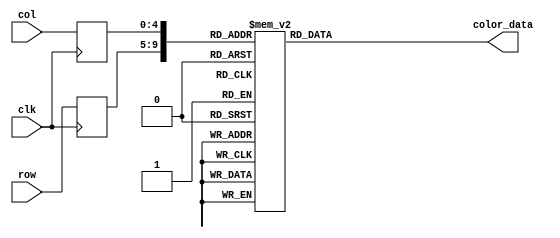
module flappy_rom
	(
		input wire clk,
		input wire [4:0] row,
		input wire [4:0] col,
		output reg [11:0] color_data
	);

	(* rom_style = "block" *)

	//signal declaration
	reg [4:0] row_reg;
	reg [4:0] col_reg;

	always @(posedge clk)
		begin
		row_reg <= row;
		col_reg <= col;
		end

	always @*
	case ({row_reg, col_reg})
		10'b0000000000: color_data = 12'b111111111111;
		10'b0000000001: color_data = 12'b111111111111;
		10'b0000000010: color_data = 12'b111111111111;
		10'b0000000011: color_data = 12'b111111111110;
		10'b0000000100: color_data = 12'b111111111110;
		10'b0000000101: color_data = 12'b111111111111;
		10'b0000000110: color_data = 12'b111111111111;
		10'b0000000111: color_data = 12'b111111111111;
		10'b0000001000: color_data = 12'b111111111111;
		10'b0000001001: color_data = 12'b111111111111;
		10'b0000001010: color_data = 12'b111111111111;
		10'b0000001011: color_data = 12'b111111111111;
		10'b0000001100: color_data = 12'b111111111111;
		10'b0000001101: color_data = 12'b111111111110;
		10'b0000001110: color_data = 12'b111111111111;
		10'b0000001111: color_data = 12'b111111111111;
		10'b0000010000: color_data = 12'b111111111111;
		10'b0000010001: color_data = 12'b111111111111;
		10'b0000010010: color_data = 12'b111111111111;
		10'b0000010011: color_data = 12'b111111111111;
		10'b0000010100: color_data = 12'b111111111111;
		10'b0000010101: color_data = 12'b111111111111;
		10'b0000010110: color_data = 12'b111111111111;
		10'b0000010111: color_data = 12'b111111111111;
		10'b0000011000: color_data = 12'b111111111111;
		10'b0000011001: color_data = 12'b111111111111;
		10'b0000011010: color_data = 12'b111111111111;
		10'b0000011011: color_data = 12'b111111111111;
		10'b0000011100: color_data = 12'b111111111111;
		10'b0000011101: color_data = 12'b111111111111;

		10'b0000100000: color_data = 12'b111111111111;
		10'b0000100001: color_data = 12'b111111111111;
		10'b0000100010: color_data = 12'b111111111111;
		10'b0000100011: color_data = 12'b111111111111;
		10'b0000100100: color_data = 12'b111111111111;
		10'b0000100101: color_data = 12'b111111111111;
		10'b0000100110: color_data = 12'b111111111111;
		10'b0000100111: color_data = 12'b111111111111;
		10'b0000101000: color_data = 12'b111111111111;
		10'b0000101001: color_data = 12'b111111111111;
		10'b0000101010: color_data = 12'b111111111111;
		10'b0000101011: color_data = 12'b111111111111;
		10'b0000101100: color_data = 12'b111111111111;
		10'b0000101101: color_data = 12'b111111111111;
		10'b0000101110: color_data = 12'b111111111111;
		10'b0000101111: color_data = 12'b111111111111;
		10'b0000110000: color_data = 12'b111111111111;
		10'b0000110001: color_data = 12'b111111111111;
		10'b0000110010: color_data = 12'b111111111111;
		10'b0000110011: color_data = 12'b111111111111;
		10'b0000110100: color_data = 12'b111111111111;
		10'b0000110101: color_data = 12'b111111111111;
		10'b0000110110: color_data = 12'b111111111111;
		10'b0000110111: color_data = 12'b111111111111;
		10'b0000111000: color_data = 12'b111111111111;
		10'b0000111001: color_data = 12'b111111111111;
		10'b0000111010: color_data = 12'b111111111111;
		10'b0000111011: color_data = 12'b111111111111;
		10'b0000111100: color_data = 12'b111111111111;
		10'b0000111101: color_data = 12'b111111111111;

		10'b0001000000: color_data = 12'b111111111111;
		10'b0001000001: color_data = 12'b111111111111;
		10'b0001000010: color_data = 12'b111111111111;
		10'b0001000011: color_data = 12'b111111111111;
		10'b0001000100: color_data = 12'b111111111111;
		10'b0001000101: color_data = 12'b111111111111;
		10'b0001000110: color_data = 12'b111111111111;
		10'b0001000111: color_data = 12'b111111111111;
		10'b0001001000: color_data = 12'b111111111111;
		10'b0001001001: color_data = 12'b111111111111;
		10'b0001001010: color_data = 12'b111111111111;
		10'b0001001011: color_data = 12'b111111111111;
		10'b0001001100: color_data = 12'b111111111111;
		10'b0001001101: color_data = 12'b111111111111;
		10'b0001001110: color_data = 12'b111111111111;
		10'b0001001111: color_data = 12'b111111111111;
		10'b0001010000: color_data = 12'b111111111111;
		10'b0001010001: color_data = 12'b111111111111;
		10'b0001010010: color_data = 12'b111111111111;
		10'b0001010011: color_data = 12'b111111111111;
		10'b0001010100: color_data = 12'b111111111111;
		10'b0001010101: color_data = 12'b111111111111;
		10'b0001010110: color_data = 12'b111111111111;
		10'b0001010111: color_data = 12'b111111111111;
		10'b0001011000: color_data = 12'b111111111111;
		10'b0001011001: color_data = 12'b111111111111;
		10'b0001011010: color_data = 12'b111111111111;
		10'b0001011011: color_data = 12'b111111111111;
		10'b0001011100: color_data = 12'b111111111111;
		10'b0001011101: color_data = 12'b111111111111;

		10'b0001100000: color_data = 12'b111111111111;
		10'b0001100001: color_data = 12'b111111111111;
		10'b0001100010: color_data = 12'b111111111111;
		10'b0001100011: color_data = 12'b111111111111;
		10'b0001100100: color_data = 12'b111111111111;
		10'b0001100101: color_data = 12'b111111111111;
		10'b0001100110: color_data = 12'b111111111111;
		10'b0001100111: color_data = 12'b111111111111;
		10'b0001101000: color_data = 12'b111111111111;
		10'b0001101001: color_data = 12'b111111111111;
		10'b0001101010: color_data = 12'b111111111111;
		10'b0001101011: color_data = 12'b111111111111;
		10'b0001101100: color_data = 12'b111111111111;
		10'b0001101101: color_data = 12'b111111111111;
		10'b0001101110: color_data = 12'b111111111111;
		10'b0001101111: color_data = 12'b111111111111;
		10'b0001110000: color_data = 12'b111111111111;
		10'b0001110001: color_data = 12'b111111111111;
		10'b0001110010: color_data = 12'b111111111111;
		10'b0001110011: color_data = 12'b111111111111;
		10'b0001110100: color_data = 12'b111111111111;
		10'b0001110101: color_data = 12'b111111111111;
		10'b0001110110: color_data = 12'b111111111111;
		10'b0001110111: color_data = 12'b111111111111;
		10'b0001111000: color_data = 12'b111111111111;
		10'b0001111001: color_data = 12'b111111111111;
		10'b0001111010: color_data = 12'b111111111111;
		10'b0001111011: color_data = 12'b111111111111;
		10'b0001111100: color_data = 12'b111111111111;
		10'b0001111101: color_data = 12'b111111111111;

		10'b0010000000: color_data = 12'b111111111111;
		10'b0010000001: color_data = 12'b111111111111;
		10'b0010000010: color_data = 12'b111111111111;
		10'b0010000011: color_data = 12'b111111111111;
		10'b0010000100: color_data = 12'b111111111111;
		10'b0010000101: color_data = 12'b111111111111;
		10'b0010000110: color_data = 12'b111111111111;
		10'b0010000111: color_data = 12'b111111111111;
		10'b0010001000: color_data = 12'b111111111111;
		10'b0010001001: color_data = 12'b111111111111;
		10'b0010001010: color_data = 12'b111111111111;
		10'b0010001011: color_data = 12'b111111111111;
		10'b0010001100: color_data = 12'b111111111111;
		10'b0010001101: color_data = 12'b111111111111;
		10'b0010001110: color_data = 12'b111111111111;
		10'b0010001111: color_data = 12'b111111111111;
		10'b0010010000: color_data = 12'b111111111111;
		10'b0010010001: color_data = 12'b111111111111;
		10'b0010010010: color_data = 12'b111111111111;
		10'b0010010011: color_data = 12'b111111111111;
		10'b0010010100: color_data = 12'b111111111111;
		10'b0010010101: color_data = 12'b111111111111;
		10'b0010010110: color_data = 12'b111111111111;
		10'b0010010111: color_data = 12'b111111111111;
		10'b0010011000: color_data = 12'b111111111111;
		10'b0010011001: color_data = 12'b111111111111;
		10'b0010011010: color_data = 12'b111111111111;
		10'b0010011011: color_data = 12'b111111111111;
		10'b0010011100: color_data = 12'b111111111111;
		10'b0010011101: color_data = 12'b111111111111;

		10'b0010100000: color_data = 12'b111111111111;
		10'b0010100001: color_data = 12'b111111111111;
		10'b0010100010: color_data = 12'b111111111111;
		10'b0010100011: color_data = 12'b111111111111;
		10'b0010100100: color_data = 12'b111111111111;
		10'b0010100101: color_data = 12'b111111111111;
		10'b0010100110: color_data = 12'b111111111111;
		10'b0010100111: color_data = 12'b111111111111;
		10'b0010101000: color_data = 12'b111111111111;
		10'b0010101001: color_data = 12'b111111111111;
		10'b0010101010: color_data = 12'b111111111111;
		10'b0010101011: color_data = 12'b111111111111;
		10'b0010101100: color_data = 12'b111111111111;
		10'b0010101101: color_data = 12'b111111111111;
		10'b0010101110: color_data = 12'b111111111111;
		10'b0010101111: color_data = 12'b111111111111;
		10'b0010110000: color_data = 12'b111111111111;
		10'b0010110001: color_data = 12'b111111111111;
		10'b0010110010: color_data = 12'b111111111111;
		10'b0010110011: color_data = 12'b111111111111;
		10'b0010110100: color_data = 12'b111111111111;
		10'b0010110101: color_data = 12'b111111111111;
		10'b0010110110: color_data = 12'b111111111111;
		10'b0010110111: color_data = 12'b111111111111;
		10'b0010111000: color_data = 12'b111111111111;
		10'b0010111001: color_data = 12'b111111111111;
		10'b0010111010: color_data = 12'b111111111111;
		10'b0010111011: color_data = 12'b111111111111;
		10'b0010111100: color_data = 12'b111111111111;
		10'b0010111101: color_data = 12'b111111111111;

		10'b0011000000: color_data = 12'b111111111111;
		10'b0011000001: color_data = 12'b111111111111;
		10'b0011000010: color_data = 12'b111111111111;
		10'b0011000011: color_data = 12'b111111111111;
		10'b0011000100: color_data = 12'b111111111110;
		10'b0011000101: color_data = 12'b111111111110;
		10'b0011000110: color_data = 12'b111111111111;
		10'b0011000111: color_data = 12'b111111111111;
		10'b0011001000: color_data = 12'b111111111111;
		10'b0011001001: color_data = 12'b111111111111;
		10'b0011001010: color_data = 12'b111111111111;
		10'b0011001011: color_data = 12'b111111111111;
		10'b0011001100: color_data = 12'b111111111111;
		10'b0011001101: color_data = 12'b111111111111;
		10'b0011001110: color_data = 12'b111111111111;
		10'b0011001111: color_data = 12'b111111111110;
		10'b0011010000: color_data = 12'b111111111111;
		10'b0011010001: color_data = 12'b111111111111;
		10'b0011010010: color_data = 12'b111111111111;
		10'b0011010011: color_data = 12'b111111111111;
		10'b0011010100: color_data = 12'b111111111111;
		10'b0011010101: color_data = 12'b111111111111;
		10'b0011010110: color_data = 12'b111111111111;
		10'b0011010111: color_data = 12'b111111111111;
		10'b0011011000: color_data = 12'b111111111111;
		10'b0011011001: color_data = 12'b111111111111;
		10'b0011011010: color_data = 12'b111111111111;
		10'b0011011011: color_data = 12'b111111111111;
		10'b0011011100: color_data = 12'b111111111111;
		10'b0011011101: color_data = 12'b111111111111;

		10'b0011100000: color_data = 12'b111111111111;
		10'b0011100001: color_data = 12'b111111111111;
		10'b0011100010: color_data = 12'b111111111111;
		10'b0011100011: color_data = 12'b111111111111;
		10'b0011100100: color_data = 12'b111111111111;
		10'b0011100101: color_data = 12'b111111111111;
		10'b0011100110: color_data = 12'b111111111110;
		10'b0011100111: color_data = 12'b111111111111;
		10'b0011101000: color_data = 12'b111111111111;
		10'b0011101001: color_data = 12'b111111111111;
		10'b0011101010: color_data = 12'b111111111111;
		10'b0011101011: color_data = 12'b111111111111;
		10'b0011101100: color_data = 12'b111111111111;
		10'b0011101101: color_data = 12'b111111111111;
		10'b0011101110: color_data = 12'b111111111111;
		10'b0011101111: color_data = 12'b111111111101;
		10'b0011110000: color_data = 12'b111111111111;
		10'b0011110001: color_data = 12'b111111111111;
		10'b0011110010: color_data = 12'b111111111111;
		10'b0011110011: color_data = 12'b111111111111;
		10'b0011110100: color_data = 12'b111111111111;
		10'b0011110101: color_data = 12'b111111111111;
		10'b0011110110: color_data = 12'b111111111111;
		10'b0011110111: color_data = 12'b111111111111;
		10'b0011111000: color_data = 12'b111111111111;
		10'b0011111001: color_data = 12'b111111111111;
		10'b0011111010: color_data = 12'b111111111111;
		10'b0011111011: color_data = 12'b111111111111;
		10'b0011111100: color_data = 12'b111111111111;
		10'b0011111101: color_data = 12'b111111111111;

		10'b0100000000: color_data = 12'b111111111111;
		10'b0100000001: color_data = 12'b111111111111;
		10'b0100000010: color_data = 12'b111111111111;
		10'b0100000011: color_data = 12'b111111111111;
		10'b0100000100: color_data = 12'b111111111111;
		10'b0100000101: color_data = 12'b111111111111;
		10'b0100000110: color_data = 12'b111111111110;
		10'b0100000111: color_data = 12'b111111111101;
		10'b0100001000: color_data = 12'b111111111111;
		10'b0100001001: color_data = 12'b111111111111;
		10'b0100001010: color_data = 12'b111111111111;
		10'b0100001011: color_data = 12'b111111111111;
		10'b0100001100: color_data = 12'b011101110111;
		10'b0100001101: color_data = 12'b010101010101;
		10'b0100001110: color_data = 12'b010101010100;
		10'b0100001111: color_data = 12'b011001100011;
		10'b0100010000: color_data = 12'b011001100110;
		10'b0100010001: color_data = 12'b010101010101;
		10'b0100010010: color_data = 12'b011001100110;
		10'b0100010011: color_data = 12'b111111111111;
		10'b0100010100: color_data = 12'b111111111111;
		10'b0100010101: color_data = 12'b111111111111;
		10'b0100010110: color_data = 12'b111111111111;
		10'b0100010111: color_data = 12'b111111111111;
		10'b0100011000: color_data = 12'b111111111111;
		10'b0100011001: color_data = 12'b111111111111;
		10'b0100011010: color_data = 12'b111111111111;
		10'b0100011011: color_data = 12'b111111111111;
		10'b0100011100: color_data = 12'b111111111111;
		10'b0100011101: color_data = 12'b111111111111;

		10'b0100100000: color_data = 12'b111111111111;
		10'b0100100001: color_data = 12'b111111111111;
		10'b0100100010: color_data = 12'b111111111111;
		10'b0100100011: color_data = 12'b111111111111;
		10'b0100100100: color_data = 12'b111111111111;
		10'b0100100101: color_data = 12'b111111111111;
		10'b0100100110: color_data = 12'b111111111110;
		10'b0100100111: color_data = 12'b111111111100;
		10'b0100101000: color_data = 12'b111111111110;
		10'b0100101001: color_data = 12'b111111111111;
		10'b0100101010: color_data = 12'b011001010110;
		10'b0100101011: color_data = 12'b011001100100;
		10'b0100101100: color_data = 12'b101010100110;
		10'b0100101101: color_data = 12'b101110111000;
		10'b0100101110: color_data = 12'b110011001010;
		10'b0100101111: color_data = 12'b011001100101;
		10'b0100110000: color_data = 12'b010001000011;
		10'b0100110001: color_data = 12'b110011001100;
		10'b0100110010: color_data = 12'b101010101010;
		10'b0100110011: color_data = 12'b010101010101;
		10'b0100110100: color_data = 12'b111111111111;
		10'b0100110101: color_data = 12'b111111111111;
		10'b0100110110: color_data = 12'b111111111111;
		10'b0100110111: color_data = 12'b111111111111;
		10'b0100111000: color_data = 12'b111111111111;
		10'b0100111001: color_data = 12'b111111111111;
		10'b0100111010: color_data = 12'b111111111111;
		10'b0100111011: color_data = 12'b111111111111;
		10'b0100111100: color_data = 12'b111111111111;
		10'b0100111101: color_data = 12'b111111111111;

		10'b0101000000: color_data = 12'b111111111110;
		10'b0101000001: color_data = 12'b111111111110;
		10'b0101000010: color_data = 12'b111111111111;
		10'b0101000011: color_data = 12'b111111111111;
		10'b0101000100: color_data = 12'b111111111111;
		10'b0101000101: color_data = 12'b111111111111;
		10'b0101000110: color_data = 12'b111111111111;
		10'b0101000111: color_data = 12'b111111111101;
		10'b0101001000: color_data = 12'b111111111101;
		10'b0101001001: color_data = 12'b100010001000;
		10'b0101001010: color_data = 12'b101010011010;
		10'b0101001011: color_data = 12'b100110010111;
		10'b0101001100: color_data = 12'b111011110111;
		10'b0101001101: color_data = 12'b111111110111;
		10'b0101001110: color_data = 12'b110011001001;
		10'b0101001111: color_data = 12'b100110001011;
		10'b0101010000: color_data = 12'b110011001011;
		10'b0101010001: color_data = 12'b111111111111;
		10'b0101010010: color_data = 12'b111111111111;
		10'b0101010011: color_data = 12'b101010101010;
		10'b0101010100: color_data = 12'b100010000111;
		10'b0101010101: color_data = 12'b111011101110;
		10'b0101010110: color_data = 12'b111111111111;
		10'b0101010111: color_data = 12'b111111111111;
		10'b0101011000: color_data = 12'b111111111111;
		10'b0101011001: color_data = 12'b111111111111;
		10'b0101011010: color_data = 12'b111111111111;
		10'b0101011011: color_data = 12'b111111111111;
		10'b0101011100: color_data = 12'b111111111111;
		10'b0101011101: color_data = 12'b111111111111;

		10'b0101100000: color_data = 12'b111111111110;
		10'b0101100001: color_data = 12'b111111111111;
		10'b0101100010: color_data = 12'b111111111111;
		10'b0101100011: color_data = 12'b111111111111;
		10'b0101100100: color_data = 12'b111111111111;
		10'b0101100101: color_data = 12'b111111111111;
		10'b0101100110: color_data = 12'b110011001101;
		10'b0101100111: color_data = 12'b100110101001;
		10'b0101101000: color_data = 12'b011001100100;
		10'b0101101001: color_data = 12'b001100110010;
		10'b0101101010: color_data = 12'b101110111011;
		10'b0101101011: color_data = 12'b111111111011;
		10'b0101101100: color_data = 12'b111011110100;
		10'b0101101101: color_data = 12'b111111110011;
		10'b0101101110: color_data = 12'b011001100010;
		10'b0101101111: color_data = 12'b100001011011;
		10'b0101110000: color_data = 12'b111111111111;
		10'b0101110001: color_data = 12'b111111111111;
		10'b0101110010: color_data = 12'b111111111110;
		10'b0101110011: color_data = 12'b101110111011;
		10'b0101110100: color_data = 12'b011101110111;
		10'b0101110101: color_data = 12'b100010011000;
		10'b0101110110: color_data = 12'b111011101110;
		10'b0101110111: color_data = 12'b111111111111;
		10'b0101111000: color_data = 12'b111111111111;
		10'b0101111001: color_data = 12'b111111111111;
		10'b0101111010: color_data = 12'b111111111111;
		10'b0101111011: color_data = 12'b111111111111;
		10'b0101111100: color_data = 12'b111111111111;
		10'b0101111101: color_data = 12'b111111111111;

		10'b0110000000: color_data = 12'b111111111110;
		10'b0110000001: color_data = 12'b111111111111;
		10'b0110000010: color_data = 12'b111111111111;
		10'b0110000011: color_data = 12'b111111111111;
		10'b0110000100: color_data = 12'b111111111111;
		10'b0110000101: color_data = 12'b111011101110;
		10'b0110000110: color_data = 12'b100010001010;
		10'b0110000111: color_data = 12'b010101010101;
		10'b0110001000: color_data = 12'b011001110100;
		10'b0110001001: color_data = 12'b011101110101;
		10'b0110001010: color_data = 12'b011001100101;
		10'b0110001011: color_data = 12'b101010010101;
		10'b0110001100: color_data = 12'b111011110011;
		10'b0110001101: color_data = 12'b111011110001;
		10'b0110001110: color_data = 12'b011101100001;
		10'b0110001111: color_data = 12'b100101111010;
		10'b0110010000: color_data = 12'b111111111111;
		10'b0110010001: color_data = 12'b111111111111;
		10'b0110010010: color_data = 12'b110111011101;
		10'b0110010011: color_data = 12'b001000100001;
		10'b0110010100: color_data = 12'b111111111111;
		10'b0110010101: color_data = 12'b011001100110;
		10'b0110010110: color_data = 12'b101110111010;
		10'b0110010111: color_data = 12'b111111111111;
		10'b0110011000: color_data = 12'b111111111111;
		10'b0110011001: color_data = 12'b111111111111;
		10'b0110011010: color_data = 12'b111111111111;
		10'b0110011011: color_data = 12'b111111111111;
		10'b0110011100: color_data = 12'b111111111111;
		10'b0110011101: color_data = 12'b111111111111;

		10'b0110100000: color_data = 12'b111111111111;
		10'b0110100001: color_data = 12'b111111111111;
		10'b0110100010: color_data = 12'b111111111111;
		10'b0110100011: color_data = 12'b111111111111;
		10'b0110100100: color_data = 12'b111111111111;
		10'b0110100101: color_data = 12'b100010001000;
		10'b0110100110: color_data = 12'b100110011000;
		10'b0110100111: color_data = 12'b111111111110;
		10'b0110101000: color_data = 12'b111111111101;
		10'b0110101001: color_data = 12'b111111111110;
		10'b0110101010: color_data = 12'b111111111110;
		10'b0110101011: color_data = 12'b011001100001;
		10'b0110101100: color_data = 12'b101010110001;
		10'b0110101101: color_data = 12'b111111110100;
		10'b0110101110: color_data = 12'b100110000001;
		10'b0110101111: color_data = 12'b100101110101;
		10'b0110110000: color_data = 12'b111011101101;
		10'b0110110001: color_data = 12'b111111111111;
		10'b0110110010: color_data = 12'b111111111110;
		10'b0110110011: color_data = 12'b011101110110;
		10'b0110110100: color_data = 12'b111011101110;
		10'b0110110101: color_data = 12'b010101010101;
		10'b0110110110: color_data = 12'b110011001100;
		10'b0110110111: color_data = 12'b111111111111;
		10'b0110111000: color_data = 12'b111111111111;
		10'b0110111001: color_data = 12'b111111111111;
		10'b0110111010: color_data = 12'b111111111111;
		10'b0110111011: color_data = 12'b111111111111;
		10'b0110111100: color_data = 12'b111111111111;
		10'b0110111101: color_data = 12'b111111111111;

		10'b0111000000: color_data = 12'b111111111111;
		10'b0111000001: color_data = 12'b111111111110;
		10'b0111000010: color_data = 12'b111111111111;
		10'b0111000011: color_data = 12'b111111111111;
		10'b0111000100: color_data = 12'b111111111111;
		10'b0111000101: color_data = 12'b100010001000;
		10'b0111000110: color_data = 12'b100110010110;
		10'b0111000111: color_data = 12'b111111111100;
		10'b0111001000: color_data = 12'b111111111101;
		10'b0111001001: color_data = 12'b111111111110;
		10'b0111001010: color_data = 12'b111111111101;
		10'b0111001011: color_data = 12'b111111111011;
		10'b0111001100: color_data = 12'b010101010000;
		10'b0111001101: color_data = 12'b101010100010;
		10'b0111001110: color_data = 12'b111111110111;
		10'b0111001111: color_data = 12'b100110010000;
		10'b0111010000: color_data = 12'b011001100110;
		10'b0111010001: color_data = 12'b111011101110;
		10'b0111010010: color_data = 12'b111011101101;
		10'b0111010011: color_data = 12'b111011101110;
		10'b0111010100: color_data = 12'b111111111111;
		10'b0111010101: color_data = 12'b010101100101;
		10'b0111010110: color_data = 12'b101010101010;
		10'b0111010111: color_data = 12'b111111111111;
		10'b0111011000: color_data = 12'b111111111111;
		10'b0111011001: color_data = 12'b111111111111;
		10'b0111011010: color_data = 12'b111111111111;
		10'b0111011011: color_data = 12'b111111111111;
		10'b0111011100: color_data = 12'b111111111111;
		10'b0111011101: color_data = 12'b111111111111;

		10'b0111100000: color_data = 12'b111111111111;
		10'b0111100001: color_data = 12'b111111111110;
		10'b0111100010: color_data = 12'b111111111110;
		10'b0111100011: color_data = 12'b111111111111;
		10'b0111100100: color_data = 12'b111111111111;
		10'b0111100101: color_data = 12'b011101110111;
		10'b0111100110: color_data = 12'b011110000011;
		10'b0111100111: color_data = 12'b111111111010;
		10'b0111101000: color_data = 12'b111111111101;
		10'b0111101001: color_data = 12'b111111111111;
		10'b0111101010: color_data = 12'b111111111100;
		10'b0111101011: color_data = 12'b111111101010;
		10'b0111101100: color_data = 12'b010101000001;
		10'b0111101101: color_data = 12'b110010110110;
		10'b0111101110: color_data = 12'b111111100101;
		10'b0111101111: color_data = 12'b111111110000;
		10'b0111110000: color_data = 12'b100110011001;
		10'b0111110001: color_data = 12'b001100110011;
		10'b0111110010: color_data = 12'b010001000011;
		10'b0111110011: color_data = 12'b010001000011;
		10'b0111110100: color_data = 12'b001101000011;
		10'b0111110101: color_data = 12'b001100110011;
		10'b0111110110: color_data = 12'b010001000100;
		10'b0111110111: color_data = 12'b101110111011;
		10'b0111111000: color_data = 12'b111111111111;
		10'b0111111001: color_data = 12'b111111111111;
		10'b0111111010: color_data = 12'b111111111111;
		10'b0111111011: color_data = 12'b111111111111;
		10'b0111111100: color_data = 12'b111111111111;
		10'b0111111101: color_data = 12'b111111111111;

		10'b1000000000: color_data = 12'b111111111111;
		10'b1000000001: color_data = 12'b111111111111;
		10'b1000000010: color_data = 12'b111111111111;
		10'b1000000011: color_data = 12'b111111111111;
		10'b1000000100: color_data = 12'b111111111111;
		10'b1000000101: color_data = 12'b111111111111;
		10'b1000000110: color_data = 12'b100001110111;
		10'b1000000111: color_data = 12'b011101110101;
		10'b1000001000: color_data = 12'b111011101010;
		10'b1000001001: color_data = 12'b111111111001;
		10'b1000001010: color_data = 12'b111111100110;
		10'b1000001011: color_data = 12'b011001010000;
		10'b1000001100: color_data = 12'b110010110001;
		10'b1000001101: color_data = 12'b111111100101;
		10'b1000001110: color_data = 12'b111111110110;
		10'b1000001111: color_data = 12'b101110010001;
		10'b1000010000: color_data = 12'b100100110010;
		10'b1000010001: color_data = 12'b101101010100;
		10'b1000010010: color_data = 12'b101101010100;
		10'b1000010011: color_data = 12'b101101010100;
		10'b1000010100: color_data = 12'b101101010101;
		10'b1000010101: color_data = 12'b101001010101;
		10'b1000010110: color_data = 12'b101101100110;
		10'b1000010111: color_data = 12'b100001010100;
		10'b1000011000: color_data = 12'b101110011001;
		10'b1000011001: color_data = 12'b111111111110;
		10'b1000011010: color_data = 12'b111111111111;
		10'b1000011011: color_data = 12'b111111111111;
		10'b1000011100: color_data = 12'b111111111111;
		10'b1000011101: color_data = 12'b111111111111;

		10'b1000100000: color_data = 12'b111111111111;
		10'b1000100001: color_data = 12'b111111111111;
		10'b1000100010: color_data = 12'b111111111111;
		10'b1000100011: color_data = 12'b111111111111;
		10'b1000100100: color_data = 12'b111111111111;
		10'b1000100101: color_data = 12'b111111111111;
		10'b1000100110: color_data = 12'b111011101101;
		10'b1000100111: color_data = 12'b100110000110;
		10'b1000101000: color_data = 12'b011001100001;
		10'b1000101001: color_data = 12'b011001010000;
		10'b1000101010: color_data = 12'b011001010000;
		10'b1000101011: color_data = 12'b101110010000;
		10'b1000101100: color_data = 12'b111010110010;
		10'b1000101101: color_data = 12'b111111000011;
		10'b1000101110: color_data = 12'b101001110000;
		10'b1000101111: color_data = 12'b100101100000;
		10'b1000110000: color_data = 12'b100101000010;
		10'b1000110001: color_data = 12'b100000100001;
		10'b1000110010: color_data = 12'b100000100001;
		10'b1000110011: color_data = 12'b100000100001;
		10'b1000110100: color_data = 12'b100000100010;
		10'b1000110101: color_data = 12'b100000110011;
		10'b1000110110: color_data = 12'b011100110011;
		10'b1000110111: color_data = 12'b101110001000;
		10'b1000111000: color_data = 12'b111111011101;
		10'b1000111001: color_data = 12'b111111111111;
		10'b1000111010: color_data = 12'b111111111111;
		10'b1000111011: color_data = 12'b111111111111;
		10'b1000111100: color_data = 12'b111111111111;
		10'b1000111101: color_data = 12'b111111111111;

		10'b1001000000: color_data = 12'b111111111111;
		10'b1001000001: color_data = 12'b111111111111;
		10'b1001000010: color_data = 12'b111111111111;
		10'b1001000011: color_data = 12'b111111111111;
		10'b1001000100: color_data = 12'b111111111111;
		10'b1001000101: color_data = 12'b111111111111;
		10'b1001000110: color_data = 12'b111111111111;
		10'b1001000111: color_data = 12'b101010010111;
		10'b1001001000: color_data = 12'b001100010000;
		10'b1001001001: color_data = 12'b101110010011;
		10'b1001001010: color_data = 12'b101110000001;
		10'b1001001011: color_data = 12'b110110100010;
		10'b1001001100: color_data = 12'b111010110010;
		10'b1001001101: color_data = 12'b111010110010;
		10'b1001001110: color_data = 12'b110010000000;
		10'b1001001111: color_data = 12'b100101010000;
		10'b1001010000: color_data = 12'b100100110010;
		10'b1001010001: color_data = 12'b101001010100;
		10'b1001010010: color_data = 12'b101001000100;
		10'b1001010011: color_data = 12'b101001000100;
		10'b1001010100: color_data = 12'b101001000100;
		10'b1001010101: color_data = 12'b101001010110;
		10'b1001010110: color_data = 12'b010000010001;
		10'b1001010111: color_data = 12'b110010101010;
		10'b1001011000: color_data = 12'b111111111111;
		10'b1001011001: color_data = 12'b111111111111;
		10'b1001011010: color_data = 12'b111011111111;
		10'b1001011011: color_data = 12'b111011111111;
		10'b1001011100: color_data = 12'b111111111111;
		10'b1001011101: color_data = 12'b111011111111;

		10'b1001100000: color_data = 12'b111111111111;
		10'b1001100001: color_data = 12'b111111111111;
		10'b1001100010: color_data = 12'b111111111111;
		10'b1001100011: color_data = 12'b111111111111;
		10'b1001100100: color_data = 12'b111111111111;
		10'b1001100101: color_data = 12'b111111111111;
		10'b1001100110: color_data = 12'b111111111111;
		10'b1001100111: color_data = 12'b111011011100;
		10'b1001101000: color_data = 12'b100110000101;
		10'b1001101001: color_data = 12'b100001100010;
		10'b1001101010: color_data = 12'b100101100001;
		10'b1001101011: color_data = 12'b111111000101;
		10'b1001101100: color_data = 12'b111010110100;
		10'b1001101101: color_data = 12'b111110110100;
		10'b1001101110: color_data = 12'b111111000101;
		10'b1001101111: color_data = 12'b110110010010;
		10'b1001110000: color_data = 12'b100101010100;
		10'b1001110001: color_data = 12'b011101000011;
		10'b1001110010: color_data = 12'b011101000011;
		10'b1001110011: color_data = 12'b011101000011;
		10'b1001110100: color_data = 12'b011101000100;
		10'b1001110101: color_data = 12'b011000110011;
		10'b1001110110: color_data = 12'b100101100110;
		10'b1001110111: color_data = 12'b111111011101;
		10'b1001111000: color_data = 12'b111111111111;
		10'b1001111001: color_data = 12'b111111111111;
		10'b1001111010: color_data = 12'b111111111111;
		10'b1001111011: color_data = 12'b111111111111;
		10'b1001111100: color_data = 12'b111111111111;
		10'b1001111101: color_data = 12'b111111111111;

		10'b1010000000: color_data = 12'b111111111111;
		10'b1010000001: color_data = 12'b111111111111;
		10'b1010000010: color_data = 12'b111111111111;
		10'b1010000011: color_data = 12'b111111111111;
		10'b1010000100: color_data = 12'b111111111111;
		10'b1010000101: color_data = 12'b111111111111;
		10'b1010000110: color_data = 12'b111111111110;
		10'b1010000111: color_data = 12'b111111111110;
		10'b1010001000: color_data = 12'b111111101100;
		10'b1010001001: color_data = 12'b011101010011;
		10'b1010001010: color_data = 12'b100001110100;
		10'b1010001011: color_data = 12'b100001110011;
		10'b1010001100: color_data = 12'b100101110011;
		10'b1010001101: color_data = 12'b100101110011;
		10'b1010001110: color_data = 12'b100101110010;
		10'b1010001111: color_data = 12'b101010000011;
		10'b1010010000: color_data = 12'b100001110110;
		10'b1010010001: color_data = 12'b100101110110;
		10'b1010010010: color_data = 12'b100110000111;
		10'b1010010011: color_data = 12'b100101110111;
		10'b1010010100: color_data = 12'b100101110111;
		10'b1010010101: color_data = 12'b100001110111;
		10'b1010010110: color_data = 12'b111011011101;
		10'b1010010111: color_data = 12'b111111111111;
		10'b1010011000: color_data = 12'b111111111111;
		10'b1010011001: color_data = 12'b111111111111;
		10'b1010011010: color_data = 12'b111111111111;
		10'b1010011011: color_data = 12'b111111111111;
		10'b1010011100: color_data = 12'b111111111111;
		10'b1010011101: color_data = 12'b111111111111;

		10'b1010100000: color_data = 12'b111111111111;
		10'b1010100001: color_data = 12'b111111111111;
		10'b1010100010: color_data = 12'b111111111111;
		10'b1010100011: color_data = 12'b111111111111;
		10'b1010100100: color_data = 12'b111111111111;
		10'b1010100101: color_data = 12'b111111111111;
		10'b1010100110: color_data = 12'b111111111111;
		10'b1010100111: color_data = 12'b111111111111;
		10'b1010101000: color_data = 12'b111111111111;
		10'b1010101001: color_data = 12'b111111111111;
		10'b1010101010: color_data = 12'b111111111111;
		10'b1010101011: color_data = 12'b011001100101;
		10'b1010101100: color_data = 12'b011001100100;
		10'b1010101101: color_data = 12'b011001100100;
		10'b1010101110: color_data = 12'b010101010011;
		10'b1010101111: color_data = 12'b010101010011;
		10'b1010110000: color_data = 12'b101010101001;
		10'b1010110001: color_data = 12'b111111111111;
		10'b1010110010: color_data = 12'b111111111111;
		10'b1010110011: color_data = 12'b111111111111;
		10'b1010110100: color_data = 12'b111111111111;
		10'b1010110101: color_data = 12'b111111111111;
		10'b1010110110: color_data = 12'b111111111111;
		10'b1010110111: color_data = 12'b111111111111;
		10'b1010111000: color_data = 12'b111111111111;
		10'b1010111001: color_data = 12'b111111111111;
		10'b1010111010: color_data = 12'b111111111111;
		10'b1010111011: color_data = 12'b111111111111;
		10'b1010111100: color_data = 12'b111111111111;
		10'b1010111101: color_data = 12'b111111111111;

		10'b1011000000: color_data = 12'b111111111111;
		10'b1011000001: color_data = 12'b111111111111;
		10'b1011000010: color_data = 12'b111111111111;
		10'b1011000011: color_data = 12'b111111111111;
		10'b1011000100: color_data = 12'b111111111111;
		10'b1011000101: color_data = 12'b111111111111;
		10'b1011000110: color_data = 12'b111111111111;
		10'b1011000111: color_data = 12'b111111111111;
		10'b1011001000: color_data = 12'b111111111111;
		10'b1011001001: color_data = 12'b111111111111;
		10'b1011001010: color_data = 12'b111111111111;
		10'b1011001011: color_data = 12'b111111111111;
		10'b1011001100: color_data = 12'b111111111111;
		10'b1011001101: color_data = 12'b111111111111;
		10'b1011001110: color_data = 12'b111111111111;
		10'b1011001111: color_data = 12'b111111111111;
		10'b1011010000: color_data = 12'b111111111111;
		10'b1011010001: color_data = 12'b111011111110;
		10'b1011010010: color_data = 12'b111111111111;
		10'b1011010011: color_data = 12'b111111111111;
		10'b1011010100: color_data = 12'b111111111111;
		10'b1011010101: color_data = 12'b111111111111;
		10'b1011010110: color_data = 12'b111111111111;
		10'b1011010111: color_data = 12'b111111111111;
		10'b1011011000: color_data = 12'b111111111111;
		10'b1011011001: color_data = 12'b111111111111;
		10'b1011011010: color_data = 12'b111111111111;
		10'b1011011011: color_data = 12'b111111111111;
		10'b1011011100: color_data = 12'b111111111111;
		10'b1011011101: color_data = 12'b111111111111;

		10'b1011100000: color_data = 12'b111111111111;
		10'b1011100001: color_data = 12'b111111111111;
		10'b1011100010: color_data = 12'b111111111111;
		10'b1011100011: color_data = 12'b111111111111;
		10'b1011100100: color_data = 12'b111111111111;
		10'b1011100101: color_data = 12'b111111111111;
		10'b1011100110: color_data = 12'b111011111111;
		10'b1011100111: color_data = 12'b111111111111;
		10'b1011101000: color_data = 12'b111111111111;
		10'b1011101001: color_data = 12'b111111111111;
		10'b1011101010: color_data = 12'b111111111111;
		10'b1011101011: color_data = 12'b111111111111;
		10'b1011101100: color_data = 12'b111111111111;
		10'b1011101101: color_data = 12'b111111111111;
		10'b1011101110: color_data = 12'b111111111111;
		10'b1011101111: color_data = 12'b111111111111;
		10'b1011110000: color_data = 12'b111111111111;
		10'b1011110001: color_data = 12'b111111111111;
		10'b1011110010: color_data = 12'b111111111111;
		10'b1011110011: color_data = 12'b111111111111;
		10'b1011110100: color_data = 12'b111111111111;
		10'b1011110101: color_data = 12'b111111111111;
		10'b1011110110: color_data = 12'b111111111111;
		10'b1011110111: color_data = 12'b111111111111;
		10'b1011111000: color_data = 12'b111111111111;
		10'b1011111001: color_data = 12'b111111111111;
		10'b1011111010: color_data = 12'b111111111111;
		10'b1011111011: color_data = 12'b111111111111;
		10'b1011111100: color_data = 12'b111111111111;
		10'b1011111101: color_data = 12'b111111111111;

		10'b1100000000: color_data = 12'b111111111111;
		10'b1100000001: color_data = 12'b111111111111;
		10'b1100000010: color_data = 12'b111111111111;
		10'b1100000011: color_data = 12'b111111111111;
		10'b1100000100: color_data = 12'b111111111111;
		10'b1100000101: color_data = 12'b111111111111;
		10'b1100000110: color_data = 12'b111111111111;
		10'b1100000111: color_data = 12'b111111111111;
		10'b1100001000: color_data = 12'b111111111111;
		10'b1100001001: color_data = 12'b111111111111;
		10'b1100001010: color_data = 12'b111111111111;
		10'b1100001011: color_data = 12'b111111111111;
		10'b1100001100: color_data = 12'b111111111111;
		10'b1100001101: color_data = 12'b111111111111;
		10'b1100001110: color_data = 12'b111111111110;
		10'b1100001111: color_data = 12'b111111111110;
		10'b1100010000: color_data = 12'b111111111111;
		10'b1100010001: color_data = 12'b111111111111;
		10'b1100010010: color_data = 12'b111111111111;
		10'b1100010011: color_data = 12'b111111111111;
		10'b1100010100: color_data = 12'b111111111111;
		10'b1100010101: color_data = 12'b111111111111;
		10'b1100010110: color_data = 12'b111111111111;
		10'b1100010111: color_data = 12'b111111111111;
		10'b1100011000: color_data = 12'b111111111111;
		10'b1100011001: color_data = 12'b111111111111;
		10'b1100011010: color_data = 12'b111111111111;
		10'b1100011011: color_data = 12'b111111111111;
		10'b1100011100: color_data = 12'b111111111111;
		10'b1100011101: color_data = 12'b111111111111;

		10'b1100100000: color_data = 12'b111111111111;
		10'b1100100001: color_data = 12'b111111111111;
		10'b1100100010: color_data = 12'b111111111111;
		10'b1100100011: color_data = 12'b111111111111;
		10'b1100100100: color_data = 12'b111111111111;
		10'b1100100101: color_data = 12'b111111111111;
		10'b1100100110: color_data = 12'b111111111111;
		10'b1100100111: color_data = 12'b111111111111;
		10'b1100101000: color_data = 12'b111111111111;
		10'b1100101001: color_data = 12'b111111111111;
		10'b1100101010: color_data = 12'b111111111111;
		10'b1100101011: color_data = 12'b111111111111;
		10'b1100101100: color_data = 12'b111111111111;
		10'b1100101101: color_data = 12'b111111111110;
		10'b1100101110: color_data = 12'b111111111110;
		10'b1100101111: color_data = 12'b111111111110;
		10'b1100110000: color_data = 12'b111111111111;
		10'b1100110001: color_data = 12'b111111111111;
		10'b1100110010: color_data = 12'b111111111111;
		10'b1100110011: color_data = 12'b111111111111;
		10'b1100110100: color_data = 12'b111111111111;
		10'b1100110101: color_data = 12'b111111111111;
		10'b1100110110: color_data = 12'b111111111111;
		10'b1100110111: color_data = 12'b111111111111;
		10'b1100111000: color_data = 12'b111111111111;
		10'b1100111001: color_data = 12'b111111111111;
		10'b1100111010: color_data = 12'b111111111111;
		10'b1100111011: color_data = 12'b111111111111;
		10'b1100111100: color_data = 12'b111111111111;
		10'b1100111101: color_data = 12'b111111111111;

		10'b1101000000: color_data = 12'b111111111111;
		10'b1101000001: color_data = 12'b111111111111;
		10'b1101000010: color_data = 12'b111111111111;
		10'b1101000011: color_data = 12'b111111111111;
		10'b1101000100: color_data = 12'b111111111111;
		10'b1101000101: color_data = 12'b111111111111;
		10'b1101000110: color_data = 12'b111111111111;
		10'b1101000111: color_data = 12'b111111111111;
		10'b1101001000: color_data = 12'b111111111111;
		10'b1101001001: color_data = 12'b111111111111;
		10'b1101001010: color_data = 12'b111111111111;
		10'b1101001011: color_data = 12'b111111111111;
		10'b1101001100: color_data = 12'b111111111111;
		10'b1101001101: color_data = 12'b111111111111;
		10'b1101001110: color_data = 12'b111111111110;
		10'b1101001111: color_data = 12'b111111111110;
		10'b1101010000: color_data = 12'b111111111111;
		10'b1101010001: color_data = 12'b111111111111;
		10'b1101010010: color_data = 12'b111111111111;
		10'b1101010011: color_data = 12'b111111111111;
		10'b1101010100: color_data = 12'b111111111111;
		10'b1101010101: color_data = 12'b111111111111;
		10'b1101010110: color_data = 12'b111111111111;
		10'b1101010111: color_data = 12'b111111111111;
		10'b1101011000: color_data = 12'b111111111111;
		10'b1101011001: color_data = 12'b111111111111;
		10'b1101011010: color_data = 12'b111111111111;
		10'b1101011011: color_data = 12'b111111111111;
		10'b1101011100: color_data = 12'b111111111111;
		10'b1101011101: color_data = 12'b111111111111;

		10'b1101100000: color_data = 12'b111111111111;
		10'b1101100001: color_data = 12'b111111111111;
		10'b1101100010: color_data = 12'b111111111111;
		10'b1101100011: color_data = 12'b111111111111;
		10'b1101100100: color_data = 12'b111111111111;
		10'b1101100101: color_data = 12'b111111111111;
		10'b1101100110: color_data = 12'b111111111111;
		10'b1101100111: color_data = 12'b111111111111;
		10'b1101101000: color_data = 12'b111111111111;
		10'b1101101001: color_data = 12'b111111111111;
		10'b1101101010: color_data = 12'b111111111111;
		10'b1101101011: color_data = 12'b111111111111;
		10'b1101101100: color_data = 12'b111111111111;
		10'b1101101101: color_data = 12'b111111111111;
		10'b1101101110: color_data = 12'b111111111111;
		10'b1101101111: color_data = 12'b111111111111;
		10'b1101110000: color_data = 12'b111111111111;
		10'b1101110001: color_data = 12'b111111111111;
		10'b1101110010: color_data = 12'b111111111111;
		10'b1101110011: color_data = 12'b111111111111;
		10'b1101110100: color_data = 12'b111111111111;
		10'b1101110101: color_data = 12'b111111111111;
		10'b1101110110: color_data = 12'b111111111111;
		10'b1101110111: color_data = 12'b111111111111;
		10'b1101111000: color_data = 12'b111111111111;
		10'b1101111001: color_data = 12'b111111111111;
		10'b1101111010: color_data = 12'b111111111111;
		10'b1101111011: color_data = 12'b111111111111;
		10'b1101111100: color_data = 12'b111111111111;
		10'b1101111101: color_data = 12'b111111111111;

		10'b1110000000: color_data = 12'b111111111111;
		10'b1110000001: color_data = 12'b111111111111;
		10'b1110000010: color_data = 12'b111111111111;
		10'b1110000011: color_data = 12'b111111111111;
		10'b1110000100: color_data = 12'b111111111111;
		10'b1110000101: color_data = 12'b111111111111;
		10'b1110000110: color_data = 12'b111111111111;
		10'b1110000111: color_data = 12'b111111111111;
		10'b1110001000: color_data = 12'b111111111111;
		10'b1110001001: color_data = 12'b111111111111;
		10'b1110001010: color_data = 12'b111111111111;
		10'b1110001011: color_data = 12'b111111111111;
		10'b1110001100: color_data = 12'b111111111111;
		10'b1110001101: color_data = 12'b111011111111;
		10'b1110001110: color_data = 12'b111011111111;
		10'b1110001111: color_data = 12'b111011111111;
		10'b1110010000: color_data = 12'b111111111111;
		10'b1110010001: color_data = 12'b111111111111;
		10'b1110010010: color_data = 12'b111111111111;
		10'b1110010011: color_data = 12'b111111111111;
		10'b1110010100: color_data = 12'b111111111111;
		10'b1110010101: color_data = 12'b111111111111;
		10'b1110010110: color_data = 12'b111111111111;
		10'b1110010111: color_data = 12'b111111111111;
		10'b1110011000: color_data = 12'b111111111111;
		10'b1110011001: color_data = 12'b111111111111;
		10'b1110011010: color_data = 12'b111111111111;
		10'b1110011011: color_data = 12'b111111111111;
		10'b1110011100: color_data = 12'b111111111111;
		10'b1110011101: color_data = 12'b111111111111;

		10'b1110100000: color_data = 12'b111111111111;
		10'b1110100001: color_data = 12'b111111111111;
		10'b1110100010: color_data = 12'b111111111111;
		10'b1110100011: color_data = 12'b111111111111;
		10'b1110100100: color_data = 12'b111111111111;
		10'b1110100101: color_data = 12'b111111111111;
		10'b1110100110: color_data = 12'b111111111111;
		10'b1110100111: color_data = 12'b111111111111;
		10'b1110101000: color_data = 12'b111111111111;
		10'b1110101001: color_data = 12'b111111111111;
		10'b1110101010: color_data = 12'b111111111111;
		10'b1110101011: color_data = 12'b111111111111;
		10'b1110101100: color_data = 12'b111111111111;
		10'b1110101101: color_data = 12'b111111111111;
		10'b1110101110: color_data = 12'b111111111111;
		10'b1110101111: color_data = 12'b111011111111;
		10'b1110110000: color_data = 12'b111111111111;
		10'b1110110001: color_data = 12'b111111111111;
		10'b1110110010: color_data = 12'b111111111111;
		10'b1110110011: color_data = 12'b111111111111;
		10'b1110110100: color_data = 12'b111111111111;
		10'b1110110101: color_data = 12'b111111111111;
		10'b1110110110: color_data = 12'b111111111111;
		10'b1110110111: color_data = 12'b111111111111;
		10'b1110111000: color_data = 12'b111111111111;
		10'b1110111001: color_data = 12'b111111111111;
		10'b1110111010: color_data = 12'b111111111111;
		10'b1110111011: color_data = 12'b111111111111;
		10'b1110111100: color_data = 12'b111111111111;
		10'b1110111101: color_data = 12'b111111111111;

		default: color_data = 12'b000000000000;
	endcase
endmodule